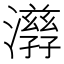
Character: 𤂇